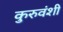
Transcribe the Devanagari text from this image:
कुरुवंशी